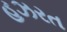
હઝરત